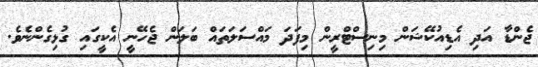
ޖެންޑާ އަދި އެޑިއުކޭޝަން މިނިސްޓްރީން މިފަދަ މައްސަލަތައް ބަލަން ޖެހޭނީ އެކީގައި ގުޅިގެންނެވެ.